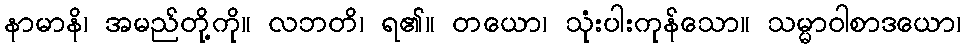
နာမာနိ၊ အမည်တို့ကို။ လဘတိ၊ ရ၏။ တယော၊ သုံးပါးကုန်သော။ သမ္မာဝါစာဒယော၊